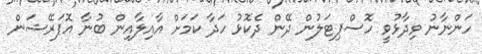
ހަންނާނު ވިދާޅުވީ ހޮސްޕިޓަލުން ދޭން ދެކޮޅު ހަދާ ކަމަށް އާއިލާއިން ބުނާ އޮޕަރޭޝަން